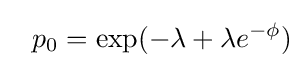
~~p_{0}=\exp(-\lambda +\lambda e^{-\phi })